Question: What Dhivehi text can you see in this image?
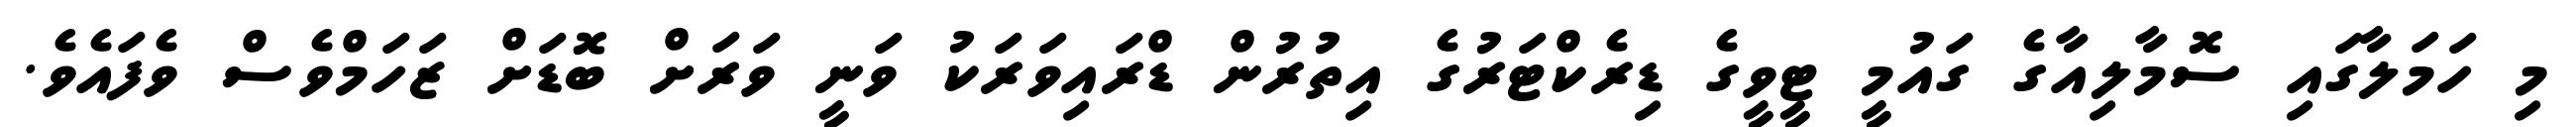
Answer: މި ހަމަލާގައި ސޮމާލިއާގެ ގައުމީ ޓީވީގެ ޑިރެކްޓަރުގެ އިތުރުން ޑްރައިވަރަކު ވަނީ ވަރަށް ބޮޑަށް ޒަހަމްވެސް ވެފައެވެ.